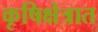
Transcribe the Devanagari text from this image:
कृषिक्षेत्रात